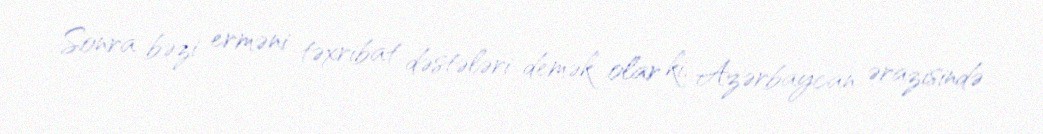
Sonra bəzi erməni təxribat dəstələri demək olar ki, Azərbaycan ərazisində